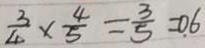
\frac { 3 } { 4 } \times \frac { 4 } { 5 } = \frac { 3 } { 5 } = 0 . 6